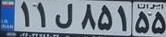
۱۱ل۸۵۱۵۵